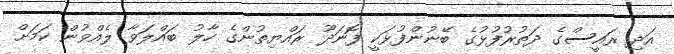
އަދި ރައީސްގެ ދަތުރުފުޅުގެ ބޭނުންފުޅަކީ ފޮނަދޫ ރައްޔިތުންގެ ހާލު ބައްލަވާ ލެއްވުން ކަމަށް